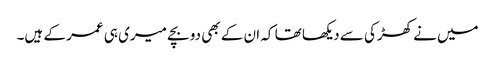
میں نے کھڑکی سے دیکھا تھا کہ ان کے بھی دو بچے میری ہی عمر کے ہیں۔